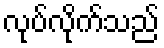
လုပ်လိုက်သည်